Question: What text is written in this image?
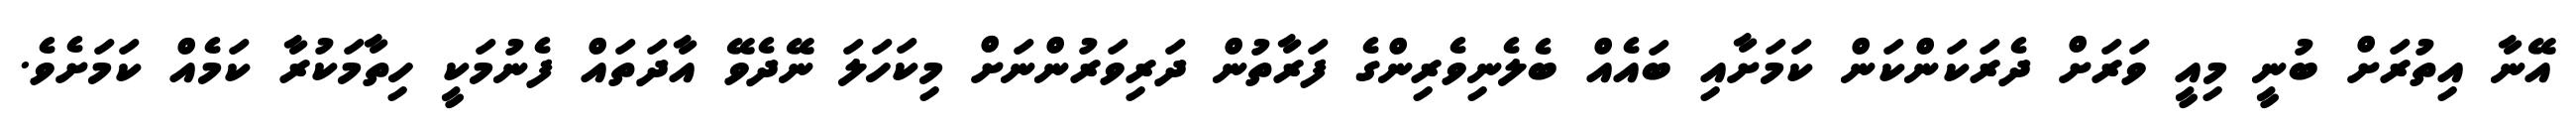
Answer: އޭނާ އިތުރަށް ބުނީ މިއީ ވަރަށް ދެރަކަންކަން ކަމަށާއި ބައެއް ބެލެނިވެރިންގެ ފަރާތުން ދަރިވަރުންނަށް މިކަހަލަ ނޭދެވޭ އާދަތައް ފެނުމަކީ ހިތާމަކުރާ ކަމެއް ކަމަށެވެ.